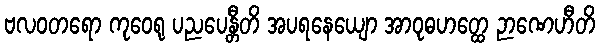
ဗလဝတရော ကုဝေရု ပညပေန္တီတိ အပရနေယျော အာဝုဓဟတ္ထေ ဉာဏေဟီတိ